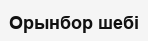
Орынбор шебі